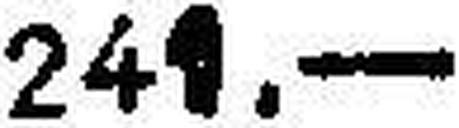
241.—